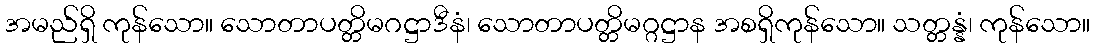
အမည်ရှိ ကုန်သော။ သောတာပတ္တိမဂဋ္ဌာဒီနံ၊ သောတာပတ္တိမဂ္ဂဋ္ဌာန အစရှိကုန်သော။ သတ္တန္နံ၊ ကုန်သော။